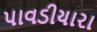
પાવડીયારા